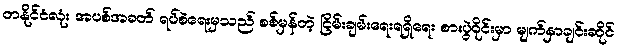
တနိုင်ငံလုံး အပစ်အခတ် ရပ်စဲရေးမှသည် စစ်မှန်တဲ့ ငြိမ်းချမ်းရေးရရှိရေး စားပွဲဝိုင်းမှာ မျက်နှာချင်းဆိုင်